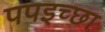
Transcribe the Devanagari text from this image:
पपइच्छा